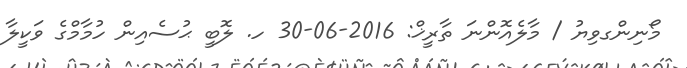
މޯނިންގވިޔު / މާލެއޮންނަ ތާރީޚް: 2016-06-30 ހ. ލޮބީ ޙުސެއިން ހުމާމްގެ ވަކީލާ